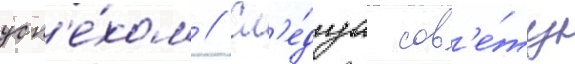
усп'е́хом // Сл'е́дуа сов'е́ту